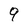
Character: 9